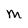
Character: M